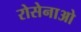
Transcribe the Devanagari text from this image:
रोसेनाओ